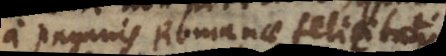
a paganis Romanae felicitatis